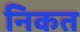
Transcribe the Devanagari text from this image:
निकत